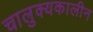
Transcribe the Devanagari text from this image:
चालुक्‍यकालीन